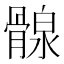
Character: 𩩺